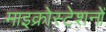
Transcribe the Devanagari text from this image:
माइक्रोस्टेशनों